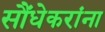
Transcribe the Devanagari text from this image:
सौंधेकरांना